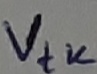
Text: Vtk